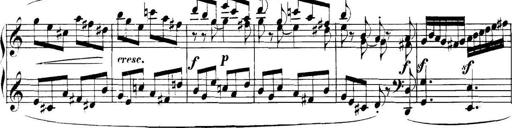
Title: Collected Piano Sonatas
Composer: Muzio Clementi